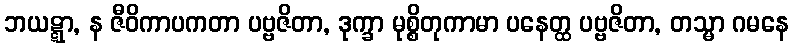
ဘယဋ္ဋာ, န ဇီဝိကာပကတာ ပဗ္ဗဇိတာ, ဒုက္ခာ မုစ္စိတုကာမာ ပနေတ္ထ ပဗ္ဗဇိတာ, တသ္မာ ဂမနေ